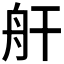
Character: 𮶗